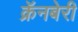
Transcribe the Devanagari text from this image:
क्रॅनबेरी